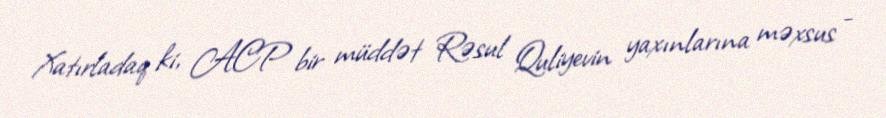
Xatırladaq ki, ACP bir müddət Rəsul Quliyevin yaxınlarına məxsus -